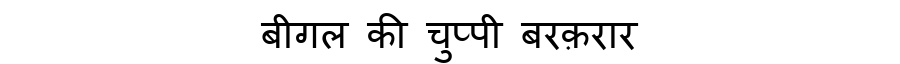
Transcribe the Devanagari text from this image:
बीगल की चुप्पी बरक़रार